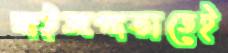
মাইজপাড়াতেই